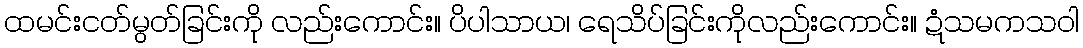
ထမင်းငတ်မွတ်ခြင်းကို လည်းကောင်း။ ပိပါသာယ၊ ရေသိပ်ခြင်းကိုလည်းကောင်း။ ဍံသမကသဝါ